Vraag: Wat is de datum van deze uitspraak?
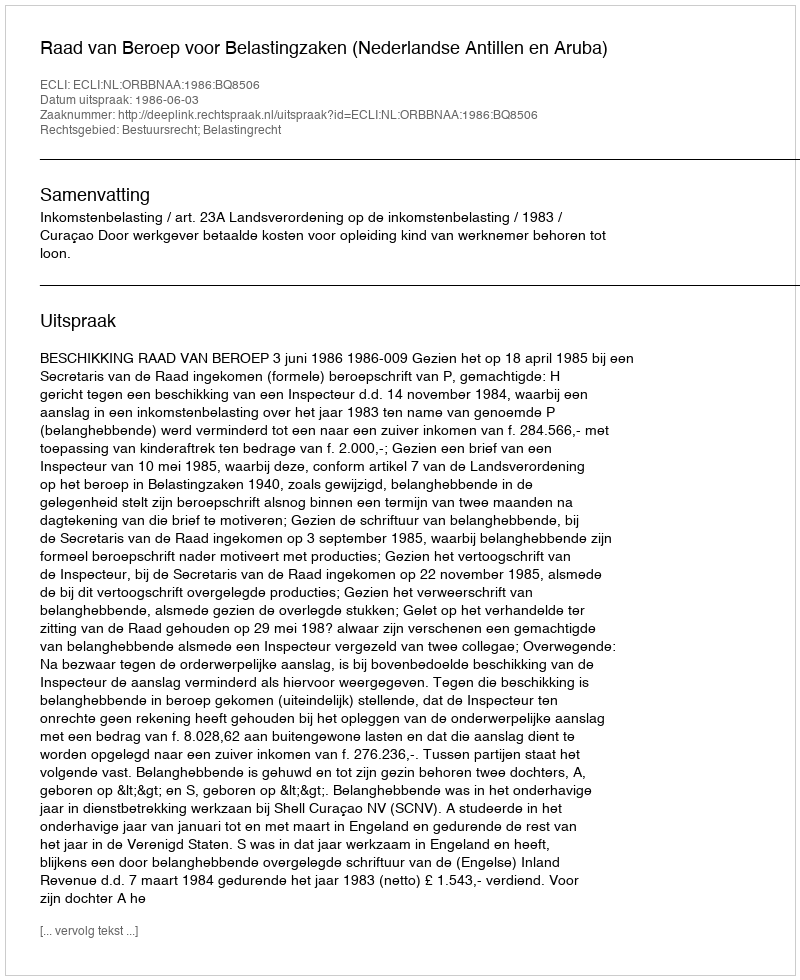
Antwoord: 1986-06-03